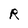
Character: R